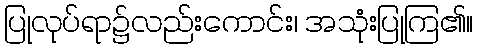
ပြုလုပ်ရာ၌လည်းကောင်း၊ အသုံးပြုကြ၏။